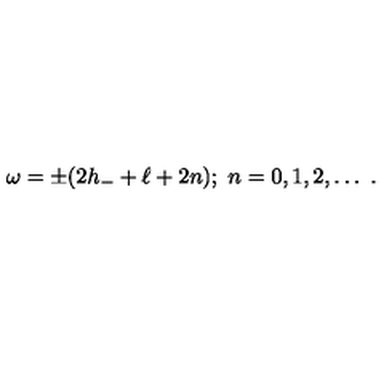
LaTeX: \omega = \pm ( 2 h _ { - } + \ell + 2 n ) ; \ n = 0 , 1 , 2 , \ldots \ .